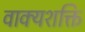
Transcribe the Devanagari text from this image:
वाक्यशक्ति